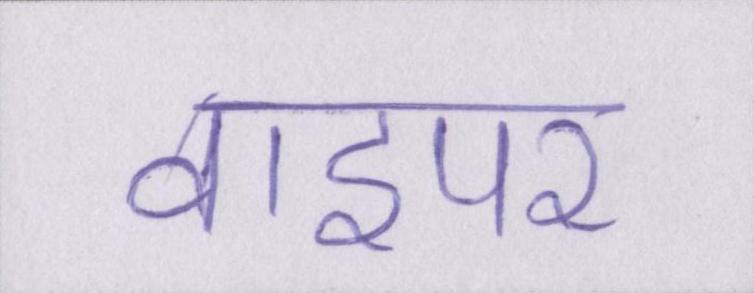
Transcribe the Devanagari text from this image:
वाइपर